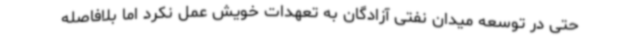
حتی در توسعه میدان نفتی آزادگان به تعهدات خویش عمل نکرد اما بلافاصله